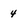
Character: 4